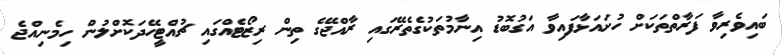
ބައިވެރިވާ ފަރާތްތަކަށް ހުށައަޅާފައިވާ އަގުބޮޑު އިނާމުތަކުގެތެރޭގައި ރާއްޖޭގެ ތިން ރިޒޯޓެއްގައި ޗުއްޓީހޭދަކޮށްލުން ހިމެނިއްޖެ